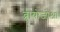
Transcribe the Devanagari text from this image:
ब्रायोजोआ